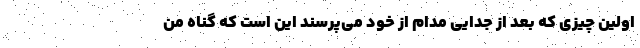
اولین چیزی که بعد از جدایی مدام از خود می‌پرسند این است که گناه من